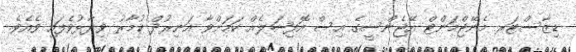
ޑިޒާސްޓަރ މެނޭޖްމަންޓް އޭޖެންސީގެ އިސް އޮފިޝަލެއް ކަމަށްވާ އަނިރުދް ކުމާރު ވިދާޅުވެފައި ވެއެވެ.